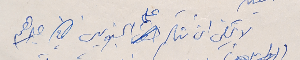
لا يكفي ان نتكلم على الجنوبيين في صبرهم